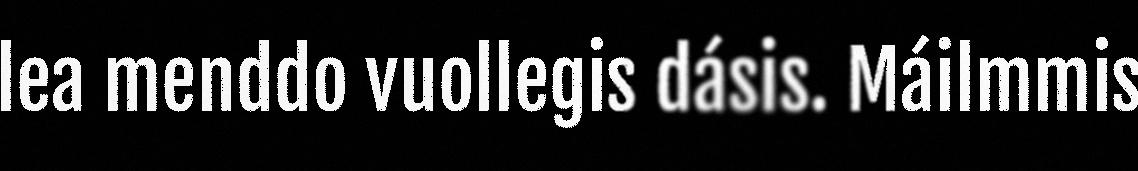
lea menddo vuollegis dásis. Máilmmis